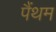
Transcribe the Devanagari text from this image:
पैंथम